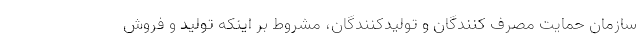
سازمان حمایت مصرف کنندگان و تولیدکنندگان، مشروط بر اینکه تولید و فروش